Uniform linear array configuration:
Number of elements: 16
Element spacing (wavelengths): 0.75
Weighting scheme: cosine
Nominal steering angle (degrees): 45
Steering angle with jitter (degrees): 45.176
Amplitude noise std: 0.05
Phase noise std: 0.05

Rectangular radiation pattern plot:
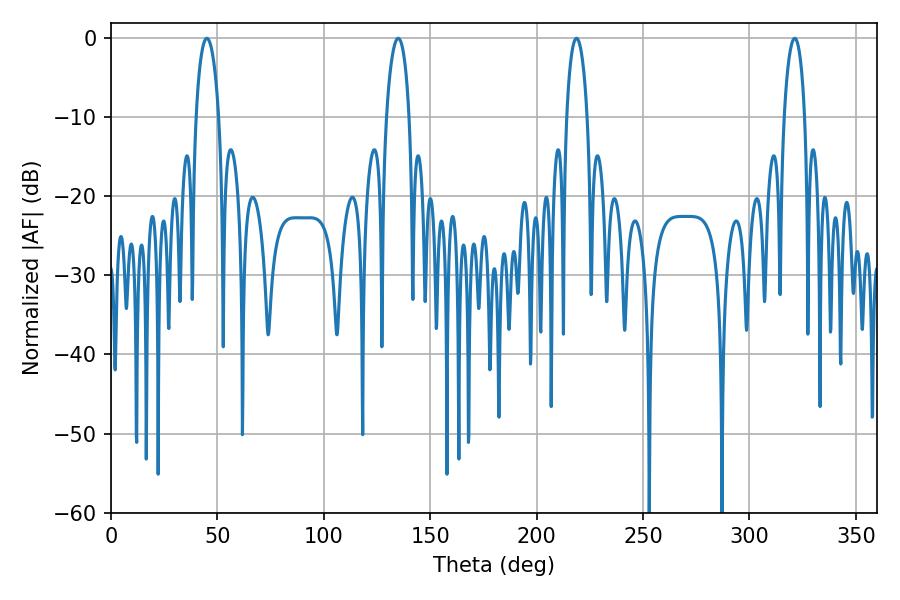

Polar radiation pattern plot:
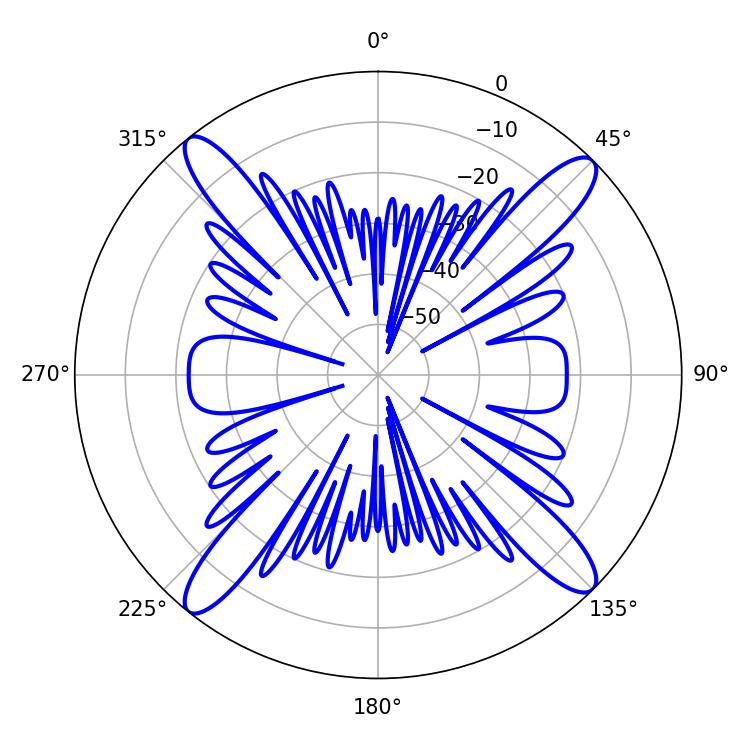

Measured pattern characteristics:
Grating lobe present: TRUE
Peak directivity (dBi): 17.753
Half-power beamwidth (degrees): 5.58
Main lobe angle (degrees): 218.7